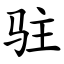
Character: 驻